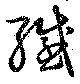
繊